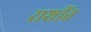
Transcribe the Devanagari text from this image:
राशींत